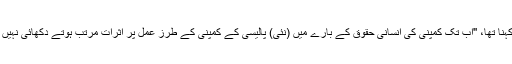
ان کا کہنا تھا، ''اب تک کمپنی کی انسانی حقوق کے بارے میں (نئی) پالیسی کے کمپنی کے طرز عمل پر اثرات مرتب ہوتے دکھائی نہیں دیتے۔